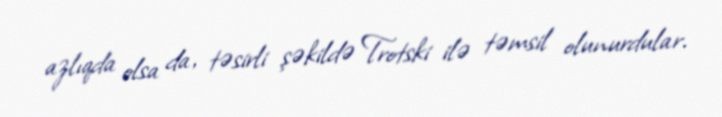
azlıqda olsa da, təsirli şəkildə Trotski ilə təmsil olunurdular.